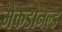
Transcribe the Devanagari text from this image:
मेकडोनल्ड